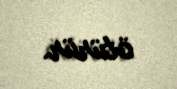
ötürür.